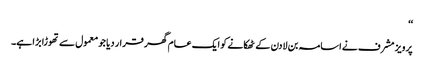
‘‘
پرویز مشرف نے اسامہ بن لادن کے ٹھکانے کو ایک عام گھر قرار دیا جو معمول سے تھوڑا بڑا ہے۔